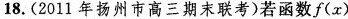
18. (2011年扬州市高三期末联考)若函数$$f ( x )